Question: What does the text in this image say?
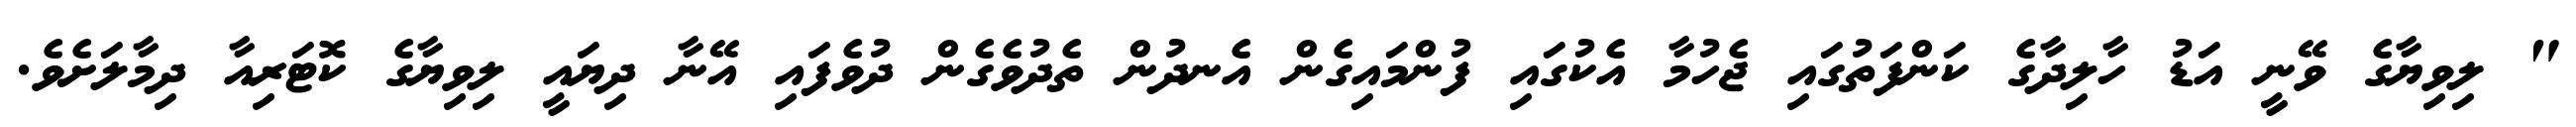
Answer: " ލިވިޔާގެ ވޭނީ އަޑު ހާލިދާގެ ކަންފަތުގައި ޖެހުމާ އެކުގައި ފުންމައިގެން އެނދުން ތެދުވެގެން ދުވެފައި އޭނާ ދިޔައީ ލިވިޔާގެ ކޮޓަރިއާ ދިމާލަށެވެ.